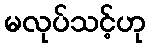
မလုပ်သင့်ဟု